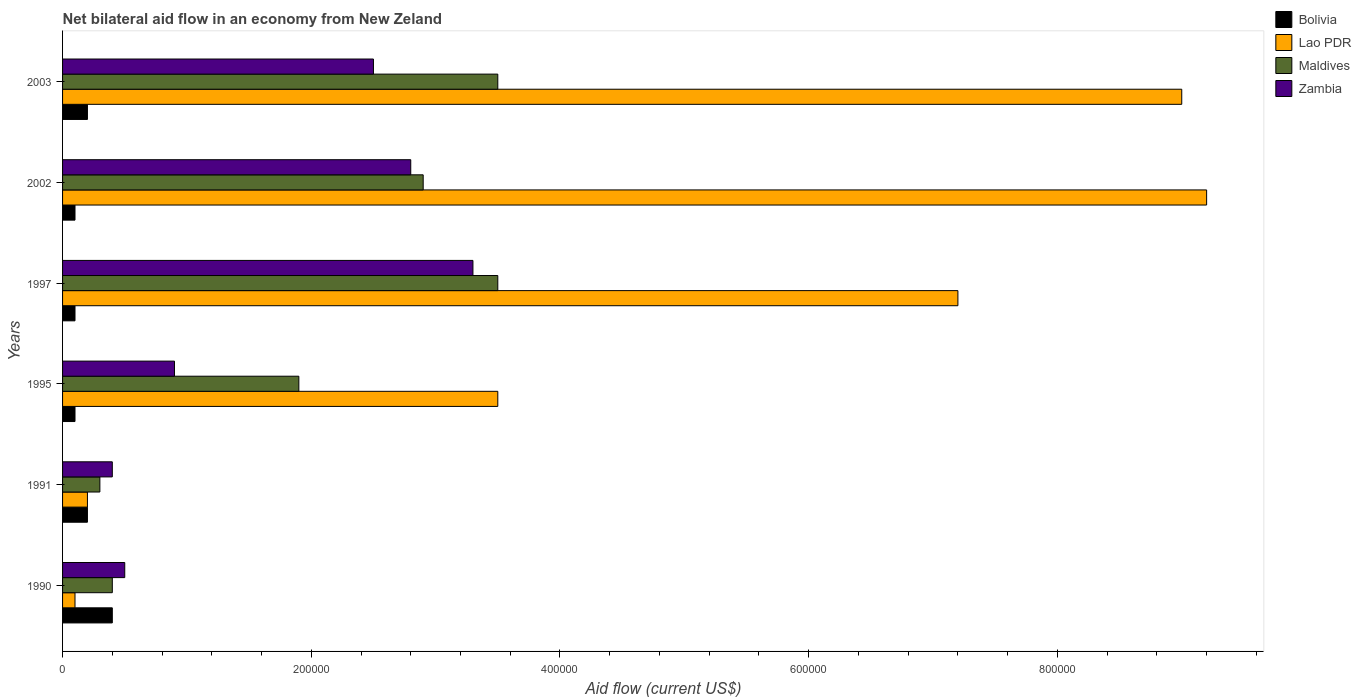
| Years | Bolivia | Lao PDR | Maldives | Zambia |
 | --- | --- | --- | --- | --- |
 | 1990 | 4e+04 | 1e+04 | 4e+04 | 5e+04 |
 | 1991 | 2e+04 | 2e+04 | 3e+04 | 4e+04 |
 | 1995 | 1e+04 | 3.5e+05 | 1.9e+05 | 9e+04 |
 | 1997 | 1e+04 | 7.2e+05 | 3.5e+05 | 3.3e+05 |
 | 2002 | 1e+04 | 9.2e+05 | 2.9e+05 | 2.8e+05 |
 | 2003 | 2e+04 | 9e+05 | 3.5e+05 | 2.5e+05 |